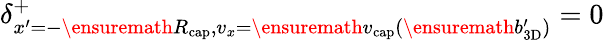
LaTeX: \delta_{x^{\prime}=-\ensuremath{R_{\mathrm{cap}}},v_{x}=\ensuremath{v_{\mathrm{cap}}}(\ensuremath{b_{\mathrm{3D}}^{\prime}})}^{+}=0